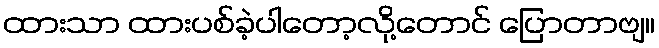
ထားသာ ထားပစ်ခဲ့ပါတော့လို့တောင် ပြောတာဗျ။